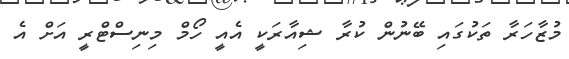
މުޒާހަރާ ތަކުގައި ބޭނުން ކުރާ ޝިއާރަކީ އެއީ ހޯމް މިނިސްޓްރީ އަށް އެ